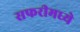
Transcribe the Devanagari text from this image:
सफरीमध्ये